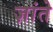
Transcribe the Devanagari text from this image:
ज़ांते